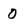
Character: 0